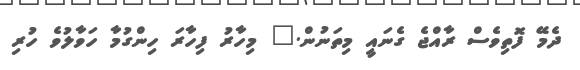
ދެމޭ ފޮތިވެސް ރާއްޖެ ގެނައީ މިތަނުން." މިހާރު ފިހާރަ ހިންގުމާ ހަވާލުވެ ހުރި